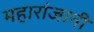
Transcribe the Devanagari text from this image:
महारांजानी